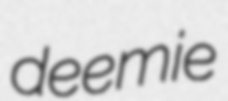
deemie